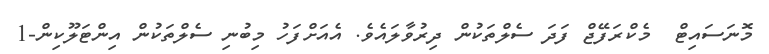
މޮނަސައިޓް  މެކްރަފޭޖް ފަދަ ސެލްތަކުން ދިރުވާލައެވެ. އެއަށްފަހު މިބުނި ސެލްތަކުން އިންޓަލޫކިން-1